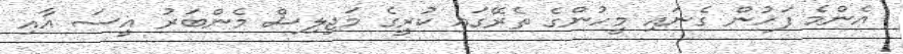
އެންމެ ފަހުން ގެނައި މީހުންގެ ތެރޭގައި ކުރީގެ މަޖިލިސް މެންބަރު އީސަ އާއި